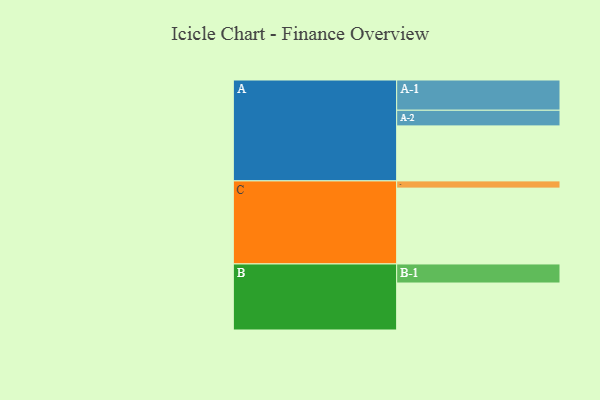
{"axis": {"x": "Segment", "y": "Value"}, "legend": ["", "A", "B", "C"], "data": [{"x": "A", "y": 404, "type": ""}, {"x": "B", "y": 345, "type": ""}, {"x": "C", "y": 557, "type": ""}, {"x": "A-1", "y": 222, "type": "A"}, {"x": "A-2", "y": 115, "type": "A"}, {"x": "B-1", "y": 140, "type": "B"}, {"x": "C-1", "y": 53, "type": "C"}]}